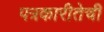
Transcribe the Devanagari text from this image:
पत्रकारीतेची